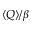
\langle Q \rangle / \beta